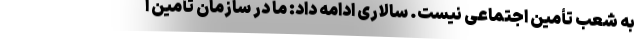
به شعب تأمین اجتماعی نیست. سالاری ادامه داد: ما در سازمان تأمین ا